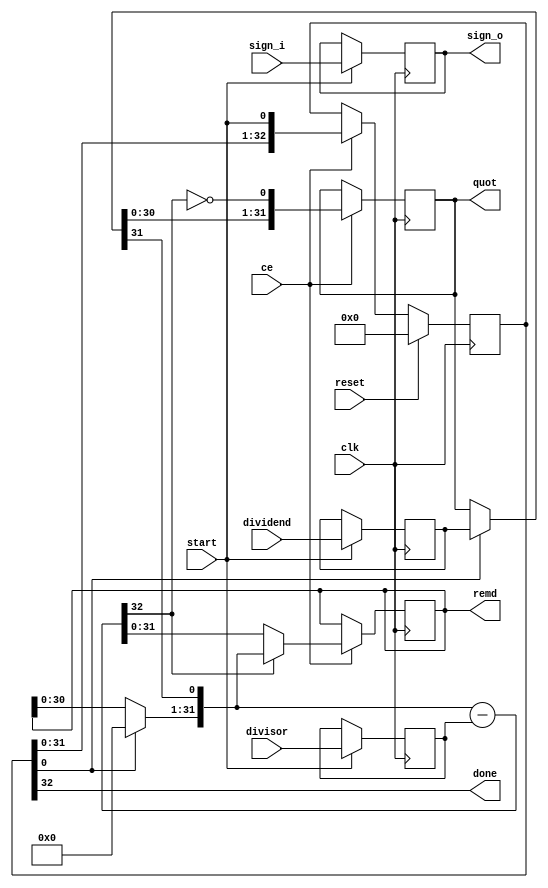
// ==============================================================
// File generated by Vivado(TM) HLS - High-Level Synthesis from C, C++ and SystemC
// Version: 2017.4
// Copyright (C) 1986-2017 Xilinx, Inc. All Rights Reserved.
// 
// ==============================================================

`timescale 1 ns / 1 ps

module batch_0_sdiv_25nscud_div_u
#(parameter
    in0_WIDTH = 32,
    in1_WIDTH = 32,
    out_WIDTH = 32
)
(
    input                       clk,
    input                       reset,
    input                       ce,
    input                       start,
    input       [in0_WIDTH-1:0] dividend,
    input       [in1_WIDTH-1:0] divisor,
    input       [1:0]           sign_i,
    output wire [1:0]           sign_o,
    output wire                 done,
    output wire [out_WIDTH-1:0] quot,
    output wire [out_WIDTH-1:0] remd
);

localparam cal_WIDTH = (in0_WIDTH > in1_WIDTH)? in0_WIDTH : in1_WIDTH;

//------------------------Local signal-------------------
reg     [in0_WIDTH-1:0] dividend0;
reg     [in1_WIDTH-1:0] divisor0;
reg     [1:0]           sign0;
reg     [in0_WIDTH-1:0] dividend_tmp;
reg     [in0_WIDTH-1:0] remd_tmp;
wire    [in0_WIDTH-1:0] dividend_tmp_mux;
wire    [in0_WIDTH-1:0] remd_tmp_mux;
wire    [in0_WIDTH-1:0] comb_tmp;
wire    [cal_WIDTH:0]   cal_tmp;

//------------------------Body---------------------------
assign  quot   = dividend_tmp;
assign  remd   = remd_tmp;
assign  sign_o = sign0;

// dividend0, divisor0
always @(posedge clk)
begin
    if (start) begin
        dividend0 <= dividend;
        divisor0  <= divisor;
        sign0     <= sign_i;
    end
end

// One-Hot Register
// r_stage[0]=1:accept input; r_stage[in0_WIDTH]=1:done
reg     [in0_WIDTH:0]     r_stage;
assign done = r_stage[in0_WIDTH];
always @(posedge clk)
begin
    if (reset == 1'b1)
        r_stage[in0_WIDTH:0] <= {in0_WIDTH{1'b0}};
    else if (ce)
        r_stage[in0_WIDTH:0] <= {r_stage[in0_WIDTH-1:0], start};
end

// MUXs
assign  dividend_tmp_mux = r_stage[0]? dividend0 : dividend_tmp;
assign  remd_tmp_mux     = r_stage[0]? {in0_WIDTH{1'b0}} : remd_tmp;

if (in0_WIDTH == 1) assign comb_tmp = dividend_tmp_mux[0];
else                assign comb_tmp = {remd_tmp_mux[in0_WIDTH-2:0], dividend_tmp_mux[in0_WIDTH-1]};

assign  cal_tmp  = {1'b0, comb_tmp} - {1'b0, divisor0};

always @(posedge clk)
begin
    if (ce) begin
        if (in0_WIDTH == 1) dividend_tmp <= ~cal_tmp[cal_WIDTH];
        else           dividend_tmp <= {dividend_tmp_mux[in0_WIDTH-2:0], ~cal_tmp[cal_WIDTH]};
        remd_tmp     <= cal_tmp[cal_WIDTH]? comb_tmp : cal_tmp[in0_WIDTH-1:0];
    end
end

endmodule

module batch_0_sdiv_25nscud_div
#(parameter
        in0_WIDTH   = 32,
        in1_WIDTH   = 32,
        out_WIDTH   = 32
)
(
        input                           clk,
        input                           reset,
        input                           ce,
        input                           start,
        output  reg                     done,
        input           [in0_WIDTH-1:0] dividend,
        input           [in1_WIDTH-1:0] divisor,
        output  reg     [out_WIDTH-1:0] quot,
        output  reg     [out_WIDTH-1:0] remd
);
//------------------------Local signal-------------------
reg                       start0 = 'b0;
wire                      done0;
reg     [in0_WIDTH-1:0] dividend0;
reg     [in1_WIDTH-1:0] divisor0;
wire    [in0_WIDTH-1:0] dividend_u;
wire    [in1_WIDTH-1:0] divisor_u;
wire    [out_WIDTH-1:0] quot_u;
wire    [out_WIDTH-1:0] remd_u;
wire    [1:0]   sign_i;
wire    [1:0]   sign_o;
//------------------------Instantiation------------------
batch_0_sdiv_25nscud_div_u #(
    .in0_WIDTH      ( in0_WIDTH ),
    .in1_WIDTH      ( in1_WIDTH ),
    .out_WIDTH      ( out_WIDTH )
) batch_0_sdiv_25nscud_div_u_0 (
    .clk      ( clk ),
    .reset    ( reset ),
    .ce       ( ce ),
    .start    ( start0 ),
    .done     ( done0 ),
    .dividend ( dividend_u ),
    .divisor  ( divisor_u ),
    .sign_i   ( sign_i ),
    .sign_o   ( sign_o ),
    .quot     ( quot_u ),
    .remd     ( remd_u )
);
//------------------------Body---------------------------
assign sign_i     = {dividend0[in0_WIDTH-1] ^ divisor0[in1_WIDTH-1], dividend0[in0_WIDTH-1]};
assign dividend_u = dividend0[in0_WIDTH-1]? ~dividend0[in0_WIDTH-1:0] + 1'b1 :
                                              dividend0[in0_WIDTH-1:0];
assign divisor_u  = divisor0[in1_WIDTH-1]?  ~divisor0[in1_WIDTH-1:0] + 1'b1 :
                                              divisor0[in1_WIDTH-1:0];

always @(posedge clk)
begin
    if (ce) begin
        dividend0 <= dividend;
        divisor0  <= divisor;
        start0    <= start;
    end
end

always @(posedge clk)
begin
    done <= done0;
end

always @(posedge clk)
begin
    if (done0) begin
        if (sign_o[1])
            quot <= ~quot_u + 1'b1;
        else
            quot <= quot_u;
    end
end

always @(posedge clk)
begin
    if (done0) begin
        if (sign_o[0])
            remd <= ~remd_u + 1'b1;
        else
            remd <= remd_u;
    end
end

endmodule



`timescale 1 ns / 1 ps
module batch_0_sdiv_25nscud(
    clk,
    reset,
    ce,
    start,
    done,
    din0,
    din1,
    dout);

parameter ID = 32'd1;
parameter NUM_STAGE = 32'd1;
parameter din0_WIDTH = 32'd1;
parameter din1_WIDTH = 32'd1;
parameter dout_WIDTH = 32'd1;
input clk;
input reset;
input ce;
input start;
output done;
input[din0_WIDTH - 1:0] din0;
input[din1_WIDTH - 1:0] din1;
output[dout_WIDTH - 1:0] dout;

wire[dout_WIDTH - 1:0] sig_remd;


batch_0_sdiv_25nscud_div #(
.in0_WIDTH( din0_WIDTH ),
.in1_WIDTH( din1_WIDTH ),
.out_WIDTH( dout_WIDTH ))
batch_0_sdiv_25nscud_div_U(
    .dividend( din0 ),
    .divisor( din1 ),
    .quot( dout ),
    .remd( sig_remd ),
    .clk( clk ),
    .ce( ce ),
    .reset( reset ),
    .start( start ),
    .done( done ));

endmodule